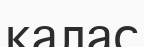
қалас